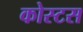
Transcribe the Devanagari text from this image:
कोस्टस